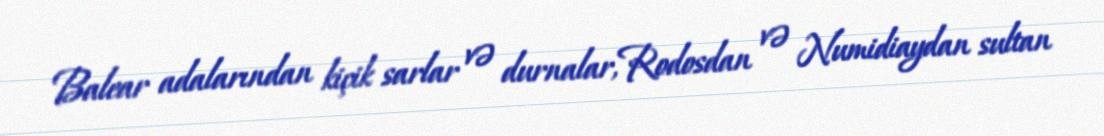
Balear adalarından kiçik sarlar və durnalar,Rodosdan və Numidiaydan sultan